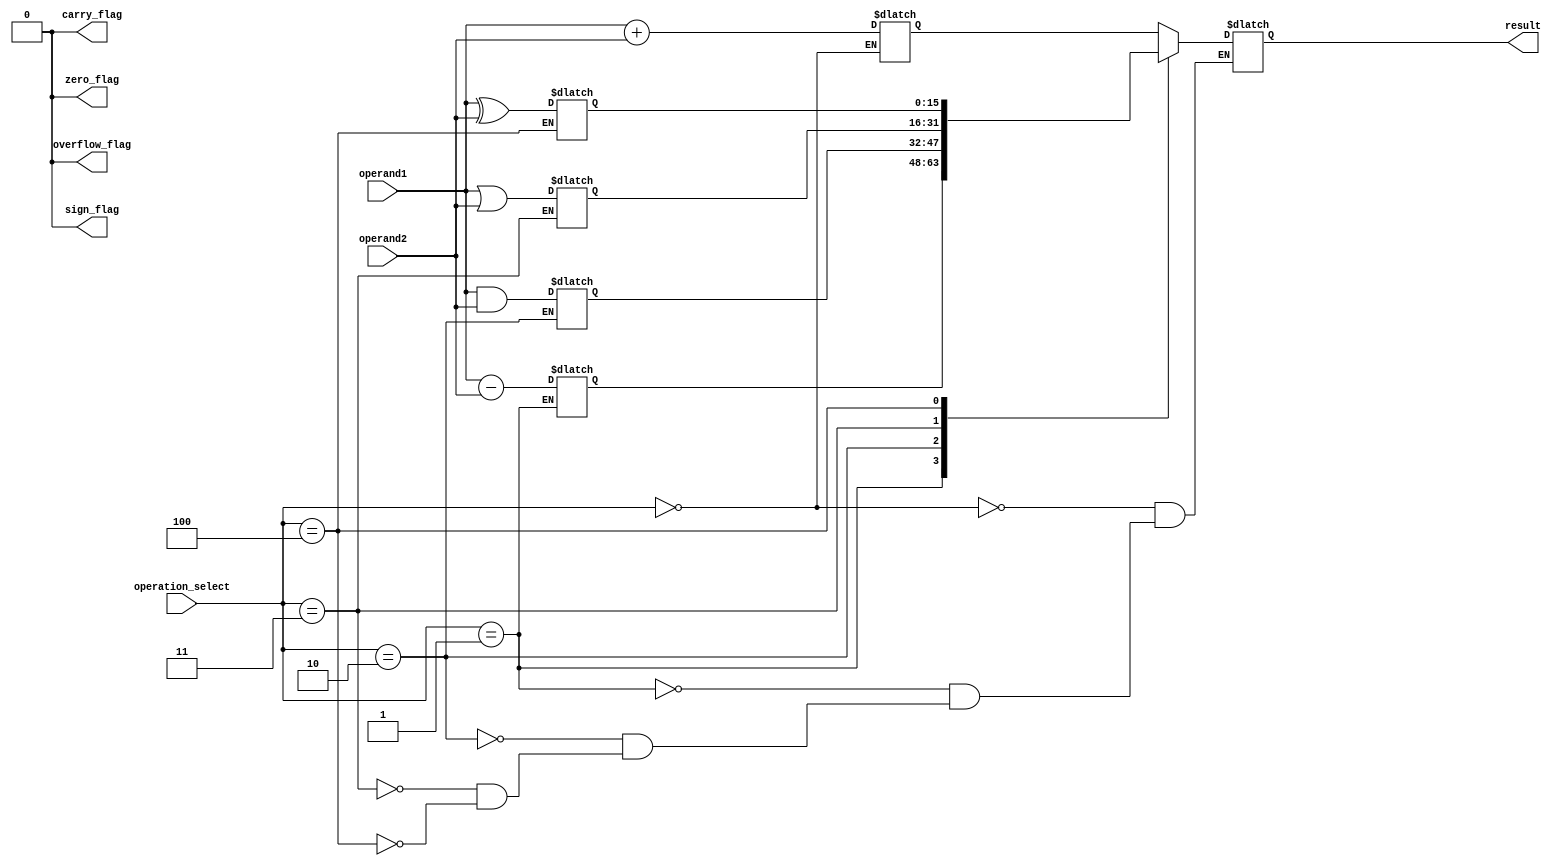
module ALU(
    input wire [15:0] operand1,
    input wire [15:0] operand2,
    input wire [2:0] operation_select,
    output wire [15:0] result,
    output reg overflow_flag,
    output reg carry_flag,
    output reg zero_flag,
    output reg sign_flag
);

    reg [15:0] add_result;
    reg [15:0] sub_result;
    reg [15:0] and_result;
    reg [15:0] or_result;
    reg [15:0] xor_result;

    always @*
    begin
        overflow_flag = 0;
        carry_flag = 0;
        zero_flag = 0;
        sign_flag = 0;

        case(operation_select)
            3'b000: add_result = operand1 + operand2;  // Addition
            3'b001: sub_result = operand1 - operand2;  // Subtraction
            3'b010: and_result = operand1 & operand2;  // Bitwise AND
            3'b011: or_result = operand1 | operand2;    // Bitwise OR
            3'b100: xor_result = operand1 ^ operand2;  // Bitwise XOR
        endcase
    end

    always @*
    begin
        case(operation_select)
            3'b000: result = add_result;
            3'b001: result = sub_result;
            3'b010: result = and_result;
            3'b011: result = or_result;
            3'b100: result = xor_result;
        endcase

        if(operation_select == 3'b000)
        begin
            if(add_result[16] == 1) overflow_flag = 1;
            if(add_result > 65535) carry_flag = 1;
            if(add_result == 0) zero_flag = 1;
            if(add_result[15] == 1) sign_flag = 1;
        end
        else if(operation_select == 3'b001)
        begin
            if(operand1 < operand2) overflow_flag = 1;
            if(sub_result < 0) carry_flag = 1;
            if(sub_result == 0) zero_flag = 1;
            if(sub_result[15] == 1) sign_flag = 1;
        end
    end

endmodule